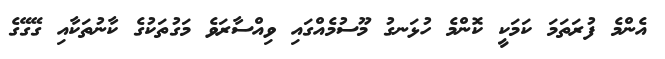
އެންމެ ފުރަތަމަ ކަމަކީ ކޮންމެ ހުޅަނގު މޫސުމެއްގައި ވިއްސާރަވެ މަގުތަކުގެ ކާނުތަކާއި ގޭގޭގެ